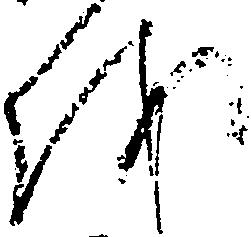
を